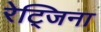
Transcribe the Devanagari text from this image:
रेट्जिना